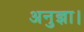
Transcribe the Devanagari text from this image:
अनुज्ञा।